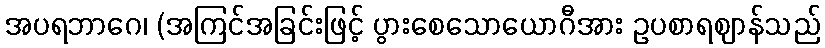
အပရဘာဂေ၊ (အကြင်အခြင်းဖြင့် ပွားစေသောယောဂီအား ဥပစာရဈာန်သည်